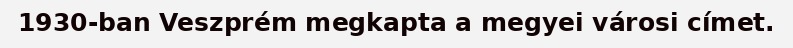
1930-ban Veszprém megkapta a megyei városi címet.